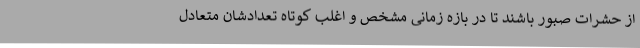
از حشرات صبور باشند تا در بازه زمانی مشخص و اغلب کوتاه تعدادشان متعادل